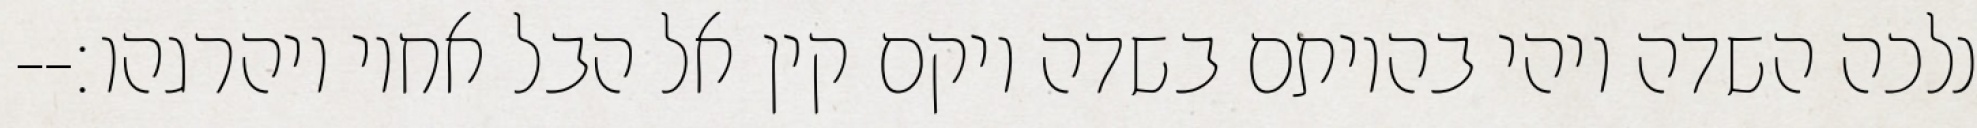
נלכה השדה ויהי בהיותם בשדה ויקם קין אל הבל אחיו ויהרגהו׃--